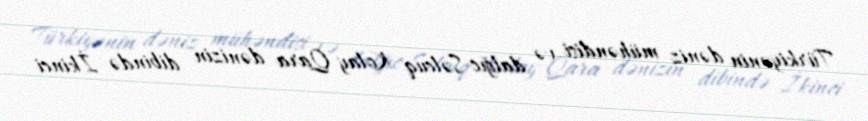
Türkiyənin dəniz mühəndisi və dalğıc Səlcuq Kolay Qara dənizin dibində İkinci